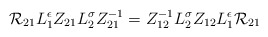
\begin{align*}{\cal R}_{21}L_{1}^{\epsilon}Z_{21}L_{2}^{\sigma}Z_{21}^{-1} =Z_{12}^{-1}L_{2}^{\sigma}Z_{12}L_{1}^{\epsilon}{\cal R}_{21}\end{align*}